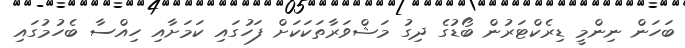
ބަހަން ނިންމީ ޑިރެކްޓަރުން ބޯޑުގެ ދިގު މަޝްވަރާތަކަކަށް ފަހުގައި ކަމަށާއި ހިއްސާ ބެހުމުގައި